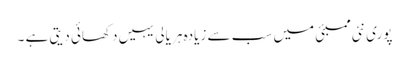
پوری نئی ممبئی میں سب سے زیادہ ہر یالی یہیں دکھائی دیتی ہے ۔